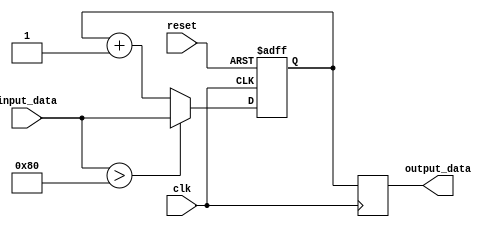
module parameter_focused_init #( 
    parameter integer SIZE = 8,                // Default size of the internal register
    parameter integer THRESHOLD = 128,         // Default threshold value 
    parameter MODE = 0                          // Operation mode (0 or 1)
)(
    input wire clk,                             // Clock input
    input wire reset,                           // Reset input
    input wire [SIZE-1:0] input_data,         // Input data
    output reg [SIZE-1:0] output_data         // Output data
);

    // Internal variables
    reg [SIZE-1:0] internal_var;
    reg [SIZE-1:0] threshold_value;

    // Parameter-focused initialization
    initial begin
        // Initialize internal variable based on parameter values
        if (MODE == 0) begin
            internal_var = 0;                   // Mode 0: Initialize to 0
        end else if (MODE == 1) begin
            internal_var = THRESHOLD;           // Mode 1: Initialize to threshold
        end
        
        // Set the threshold value directly from the parameter
        threshold_value = THRESHOLD;
    end

    // Reset mechanism
    always @(posedge clk or posedge reset) begin
        if (reset) begin
            // Reset internal variable based on parameters
            if (MODE == 0) begin
                internal_var <= 0;
            end else if (MODE == 1) begin
                internal_var <= THRESHOLD;
            end
        end else begin
            // Example behavioral logic
            if (input_data > threshold_value) begin
                internal_var <= input_data;
            end else begin
                internal_var <= internal_var + 1;   // increment internal variable
            end
        end
    end

    // Output assignment
    always @(posedge clk) begin
        output_data <= internal_var;             // Assign the internal variable to output
    end

endmodule